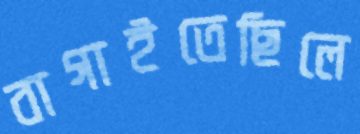
বাগাইতেছিলে